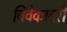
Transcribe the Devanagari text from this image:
विवेकावरी